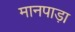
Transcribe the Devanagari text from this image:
मानपाड़ा